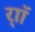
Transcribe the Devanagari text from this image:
र्‍ाॉ